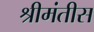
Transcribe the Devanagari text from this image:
श्रीमंतीस